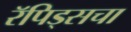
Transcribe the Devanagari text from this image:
रॅपिड्सचा